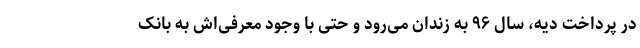
در پرداخت دیه، سال ۹۶ به زندان می‌رود و حتی با وجود معرفی‌اش به بانک